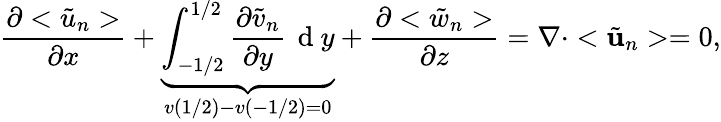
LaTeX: \frac{\partial<\tilde{u}_{n}>}{\partial x}+\underbrace{\int_{-1/2}^{1/2}\frac{\partial\tilde{v}_{n}}{\partial y}\, \mathrm{~d~}y}_{v\left(1/2\right)-v\left(-1/2\right)=0}+\frac{\partial<\tilde{w}_{n}>}{\partial z}=\nabla\cdot<\tilde{\mathbf{u}}_{n}>=0,